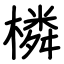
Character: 橉